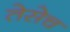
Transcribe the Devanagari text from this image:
तेसेच